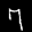
Label: 7